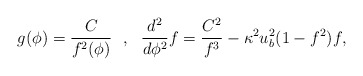
\begin{align*}g(\phi)=\frac{C}{f^2(\phi)}\ \ ,\ \ \frac{d^2}{d\phi^2}f=\frac{C^2}{f^3}-\kappa^2u^2_b(1-f^2)f,\end{align*}